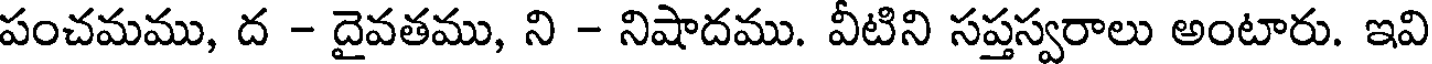
పంచమము, ద - దైవతము, ని - నిషాదము. వీటిని సప్తస్వరాలు అంటారు. ఇవి